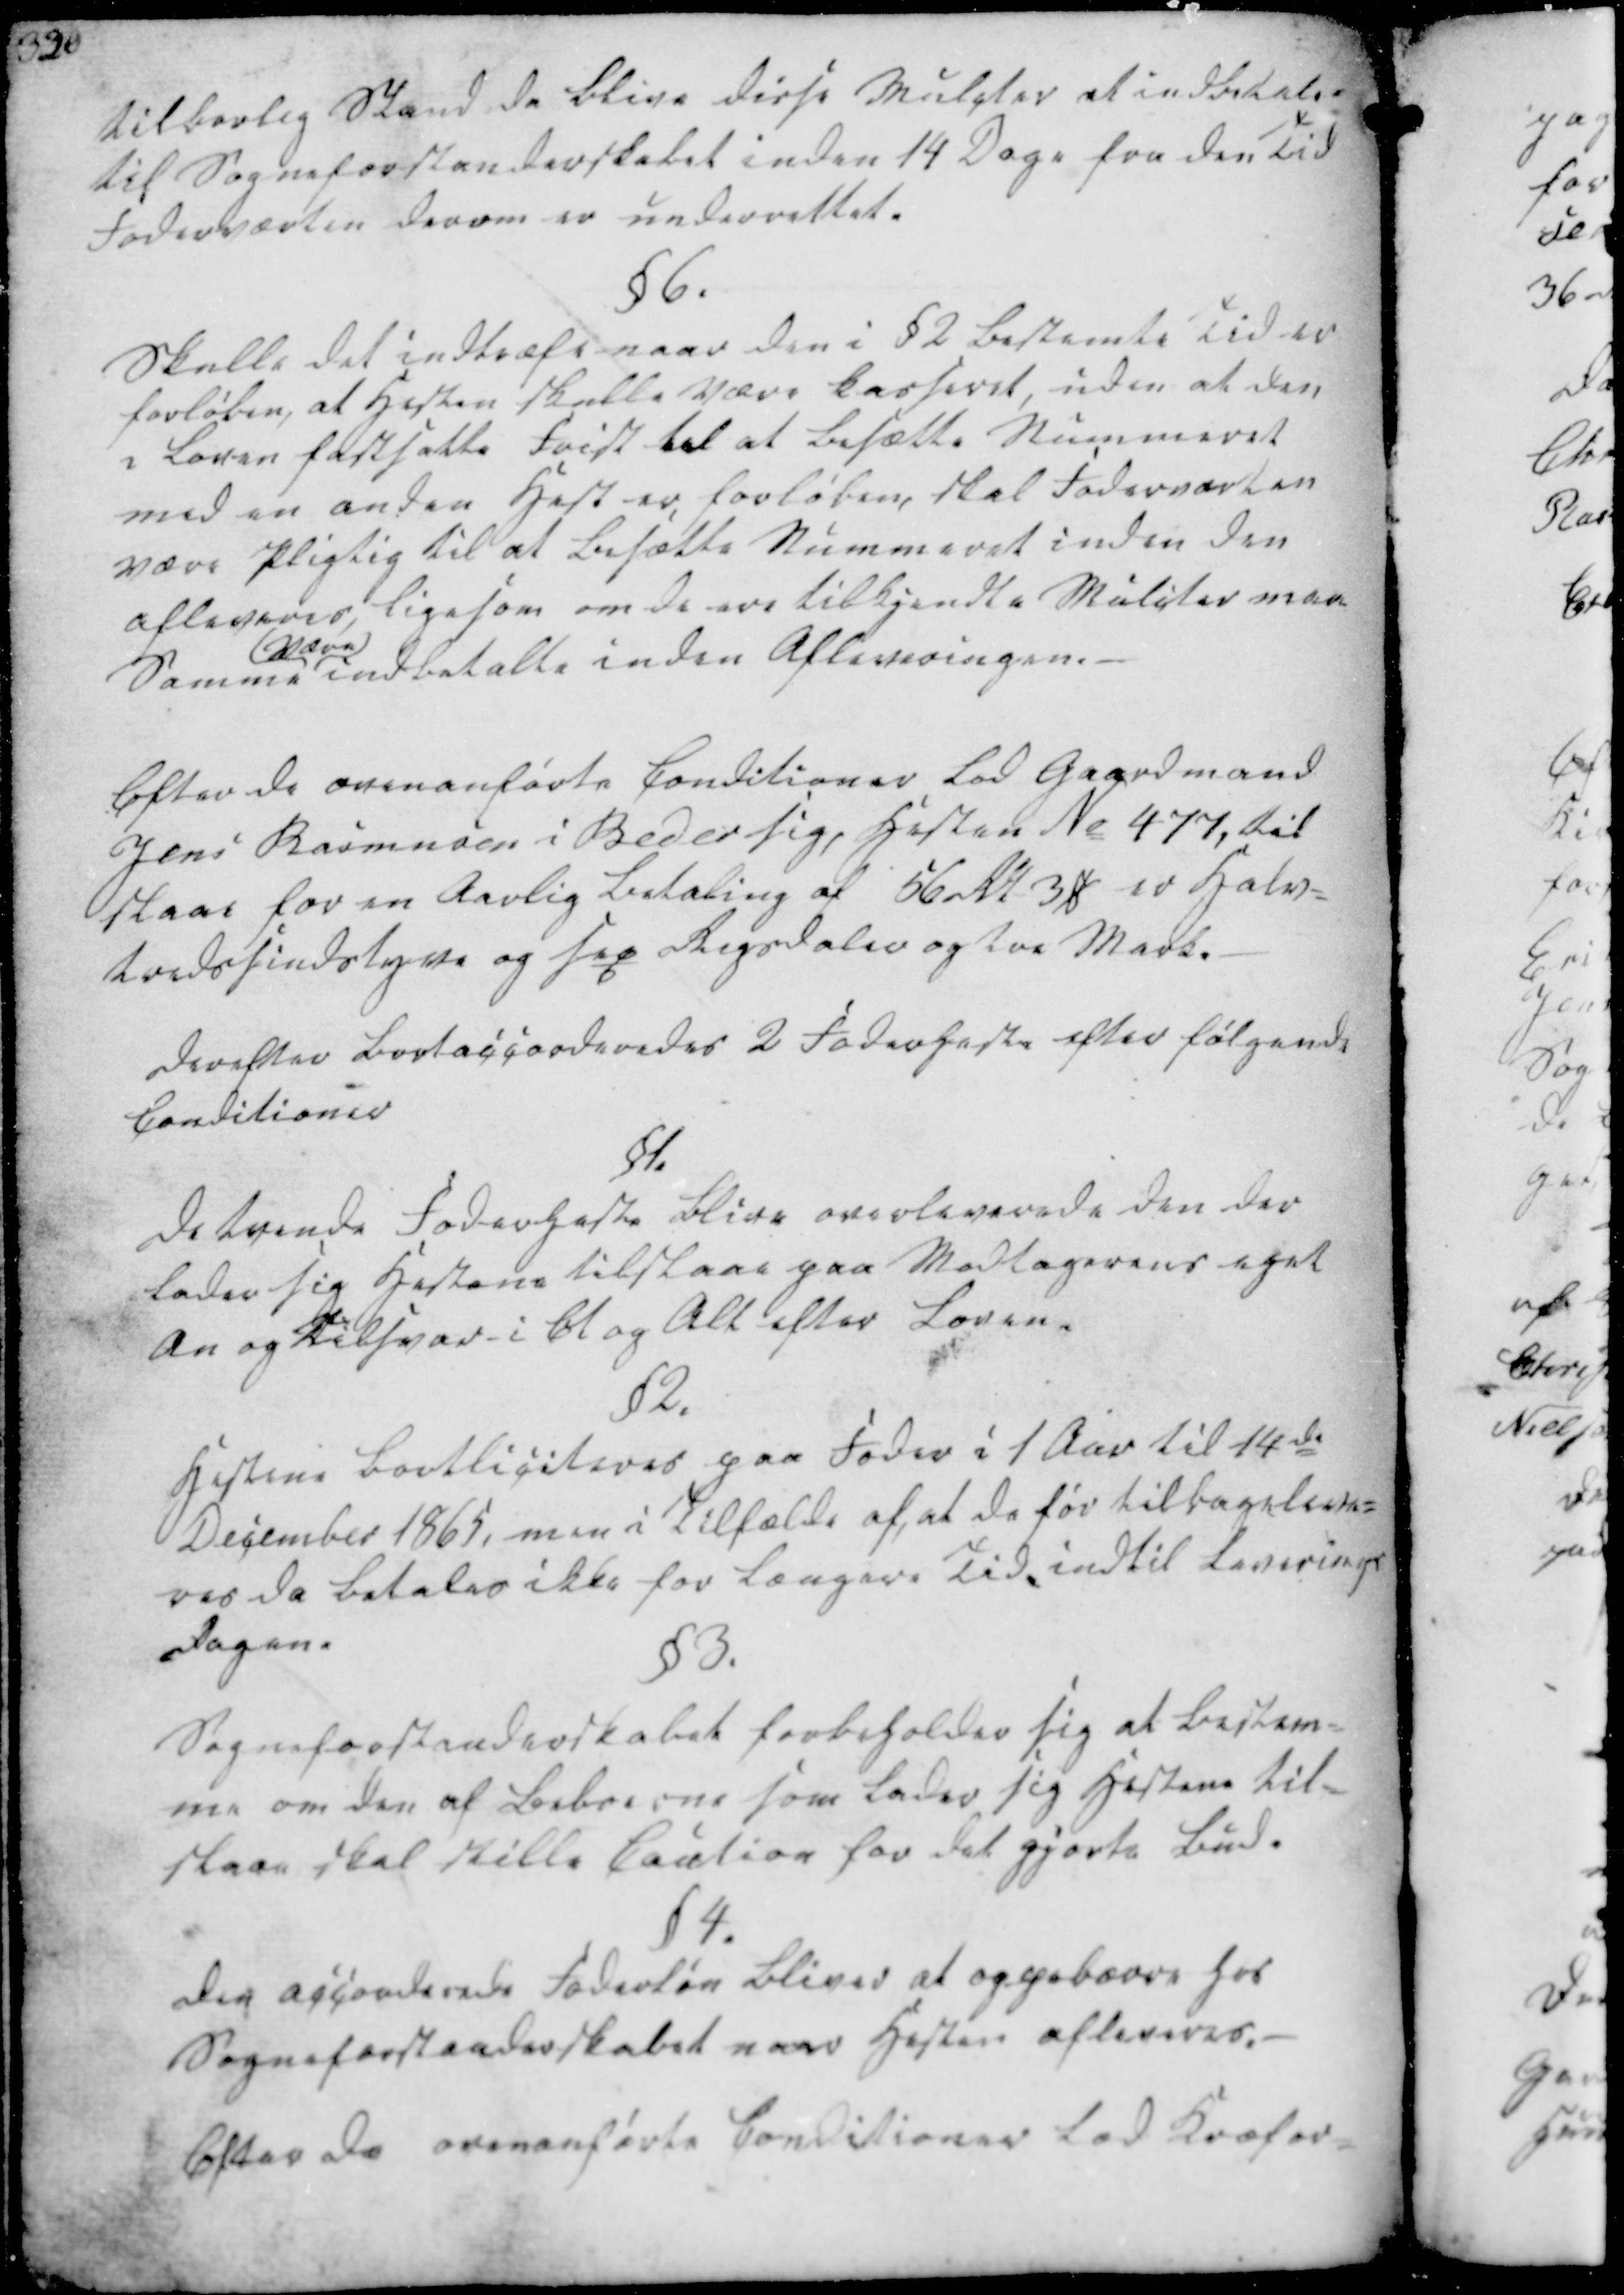
Transskription:
tilberlig Stand da blive disse Mulcter at indbetale-
til Sogneforstanderskabet inden 14 Dage fra den Tid
Foderværten derom er underrettet.

§6.
Skulle det indtræfe naar den i §2 bestemte Tid er
forløben, at Hesten skulle være kasseret, uden at den
i Loven fastsatte Frist til at besætte Nummeret
med en anden Hest er forløben, skal Foderværten
være Pligtig til at besætte Nummeret inden den
afleveres, ligesom om de ere tilkjendte Mulcter maa
Samme
være
indbetalte inden Afleveringen.
Efter de ovenanførte Conditioner lod Gaardmand
Jens Rasmusen i Beder sig, Hesten No 477, til
staae for en Aarlig Betaling af 56 Rdl 3 ₻ er Halv-
tredssindstyve og sex Rigsdaler og tre Mark.

Derefter bortaccorderedes 2 Foderheste efter følgende
Conditioner
§1.
De tvende Foderheste blive overleverede den der
lader sig Hestene tilstaae paa Modtagerens eget
An og Tilsvar i Et og Alt efter Loven.
§2.
Hestene bortliciteres paa Foder i 1 Aar til 14de
December 1865, men i Tilfælde af, at de før tilbageleve-
res da betales ikke for længere Tid indtil leverings
Dagen.
§3.
Sogneforstanderskabet forbeholder sig at bestem-
me om den af Beboerne som lader sig Hestene til-
staae skal stille Caution for det gjorte Bud.

§4.
Den accorderede Foderløn bliver at oppebærre hos
Sogneforstanderskabet naar Hesten afleveres.
Efter de overanførte Conditioner lod Kræfor-